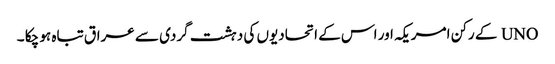
UNO کے رکن امریکہ اور اس کے اتحادیوں کی دہشت گردی سے عراق تباہ ہو چکا ۔